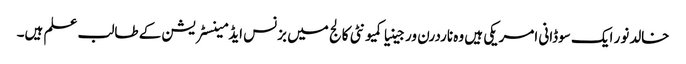
خالدنور ایک سوڈانی امریکی ہیں وہ ناردرن ورجینیا کمیونٹی کالج میں بزنس ایڈمینسٹریشن کے طالب علم ہیں۔